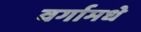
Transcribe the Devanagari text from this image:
वर्गामधे